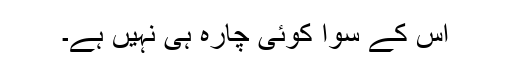
اس کے سوا کوئی چارہ ہی نہیں ہے۔